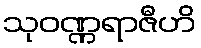
သုဝဏ္ဏရာဇီဟိ